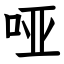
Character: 哑